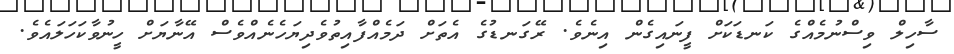
ސާހިލް ވިސްނުމެއްގެ ކަނޑަކަށް ފީނައިގެން އިނެވެ. ރޭގަނޑުގެ އެތަށް ދަމެއްފާއިތުވެދިޔަހެނެއްވެސް އޭނާޔަށް ހީނުވާކަހަލައެވެ.